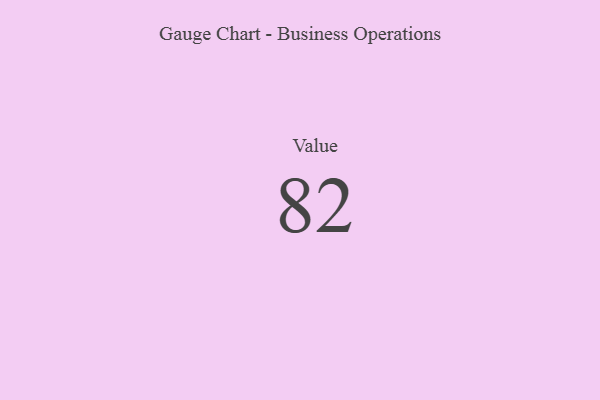
{"axis": {"x": "Metric", "y": "Value"}, "legend": [""], "data": [{"x": "Value", "y": 82, "type": ""}]}